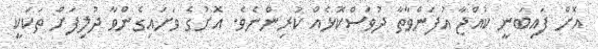
އޮށް ފައިބަނީ ކުއްޖާ އުފަންވާތާ ދުވަސްކޮޅެއް ކުރިންނެވެ. އޮށުގެ ވަށައިގެންވާ ދުލިފަށް ތަކަކީ